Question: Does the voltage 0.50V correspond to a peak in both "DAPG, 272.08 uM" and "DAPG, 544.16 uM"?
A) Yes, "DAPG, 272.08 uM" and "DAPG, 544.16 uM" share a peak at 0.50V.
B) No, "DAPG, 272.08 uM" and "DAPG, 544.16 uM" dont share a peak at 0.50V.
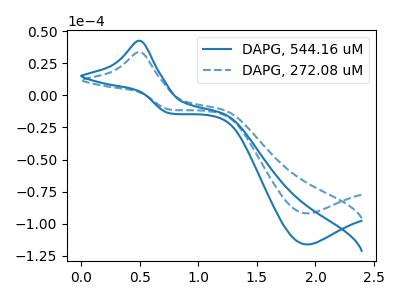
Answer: <think>The blue curve "DAPG, 544.16 uM" has an anodic peak at (0.50V, 42.60uA) and a cathodic peak at (1.95V, -116.15uA). The blue dashed curve "DAPG, 272.08 uM" has an anodic peak at (0.50V, 33.70uA) and a cathodic peak at (1.95V, -91.95uA).</think>
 <answer>A) Yes, "DAPG, 272.08 uM" and "DAPG, 544.16 uM" share a peak at 0.50V.</answer>
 <eval>A</eval>